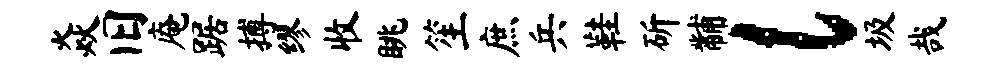
焱旧庵踞搏缪收眺笙庶兵鞋斫黼l圾哉